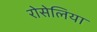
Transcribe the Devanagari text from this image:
रोसेलिया